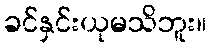
ခင်နှင်းယုမသိဘူး။